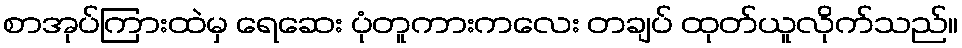
စာအုပ်ကြားထဲမှ ရေဆေး ပုံတူကားကလေး တချပ် ထုတ်ယူလိုက်သည်။